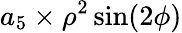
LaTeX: a_{5}\times\rho^{2}\sin(2\phi)